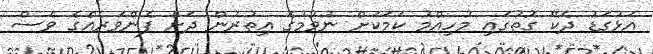
އަޅުގަޑު ދެކޭ ގޮތުގައި މުހިއްމު ކަމަކަށް ނުވުމުގެ އިތުރުން ދަށް ފެންވަރެއްގެ ވެސް